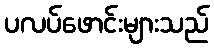
ပလပ်ဖောင်းများသည်